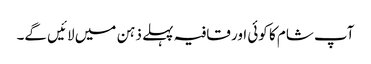
آپ شام کا کوئی اور قافیہ پہلے ذہن میں لائیں گے۔